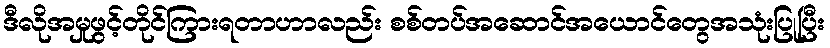
ဒီလိုအမှုဖွင့်တိုင်ကြားရတာဟာလည်း စစ်တပ်အဆောင်အယောင်တွေအသုံးပြုပြီး